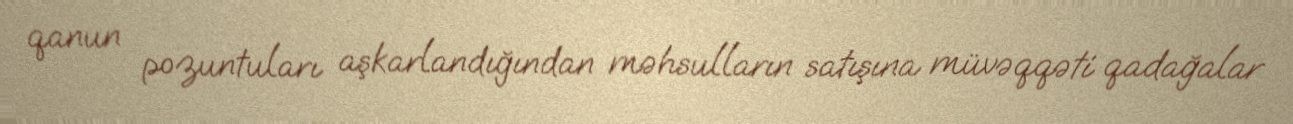
qanun pozuntuları aşkarlandığından məhsulların satışına müvəqqəti qadağalar